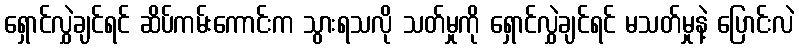
ရှောင်လွှဲချင်ရင် ဆိပ်ကမ်းကောင်းက သွားရသလို သတ်မှုကို ရှောင်လွှဲချင်ရင် မသတ်မှုနဲ့ ပြောင်းလဲ